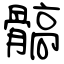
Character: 髇